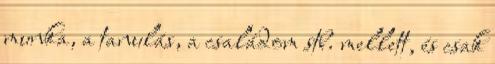
munka, a tanulás, a családom stb. mellett, és csak